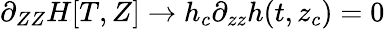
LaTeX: \partial_{ZZ}H[T,Z]\to h_{c}\partial_{zz}h(t,z_{c})=0